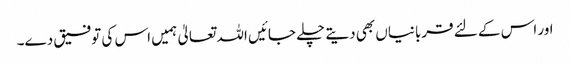
اور اس کے لئے قربانیاں بھی دیتے چلے جائیں اللہ تعالیٰ ہمیں اس کی توفیق دے۔